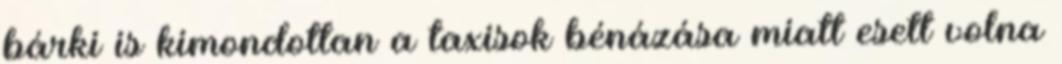
bárki is kimondottan a taxisok bénázása miatt esett volna